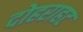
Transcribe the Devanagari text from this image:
दोहराहट